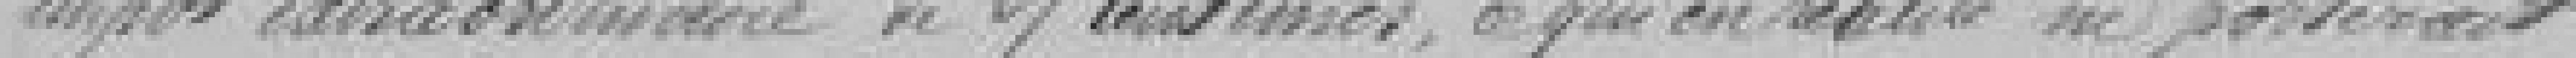
impôt extraordinaire de 27 centimes, ce qui en réalité ne porterait